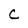
Character: C